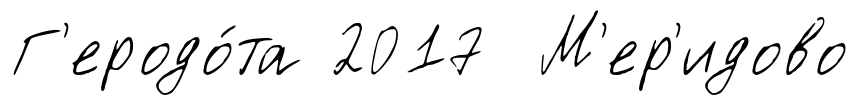
Г'еродо́та 2017 М'ер'идово